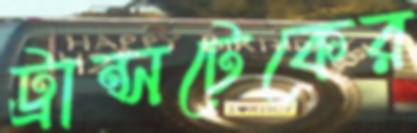
ট্রান্সটেকের